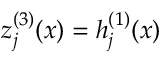
z _ { j } ^ { ( 3 ) } ( x ) = h _ { j } ^ { ( 1 ) } ( x )